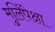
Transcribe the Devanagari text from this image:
मुलिंपेक्षा